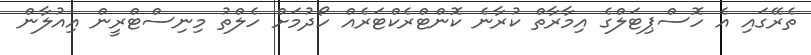
ތެރޭގައި އެ ހޮސްޕިޓަލްގެ އިމާރާތް ކުރާނެ ކޮންޓްރެކްޓަރެއް ހޯދުމަށް ހެލްތު މިނިސްޓްރީން އިއުލާން